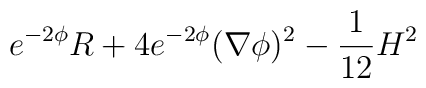
e^{-2\phi}R+4e^{-2\phi}(\nabla \phi )^2-{1 \over 12} H^2